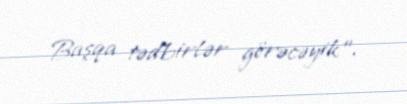
Başqa tədbirlər görəcəyik”.